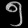
Digit: ၅